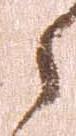
之